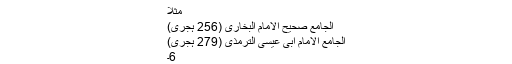
مثلاً
الجامع صحیح الامام البخاری (256 ہجری)
الجامع الامام ابی عیسی الترمذی (279 ہجری)
6۔